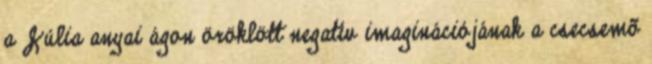
a Júlia anyai ágon öröklött negatív imaginációjának a csecsemõ